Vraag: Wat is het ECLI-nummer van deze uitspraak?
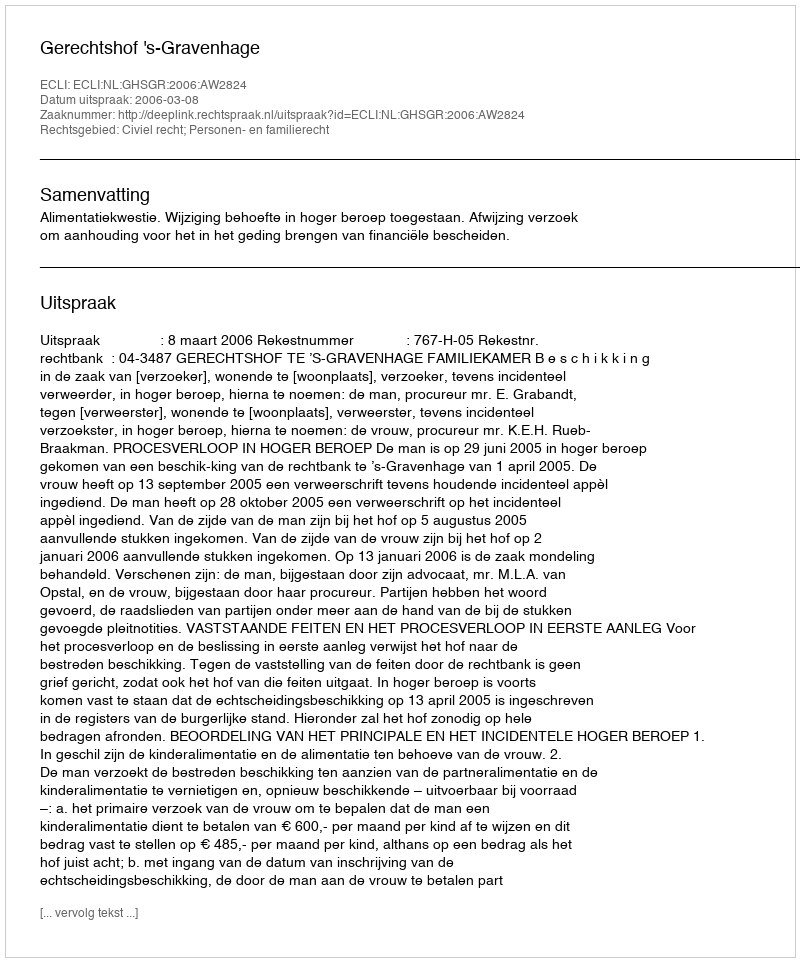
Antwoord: ECLI:NL:GHSGR:2006:AW2824